Report of the Indian Hemp Drugs Commission, 1894-1895 - Volume V
Year: 1894
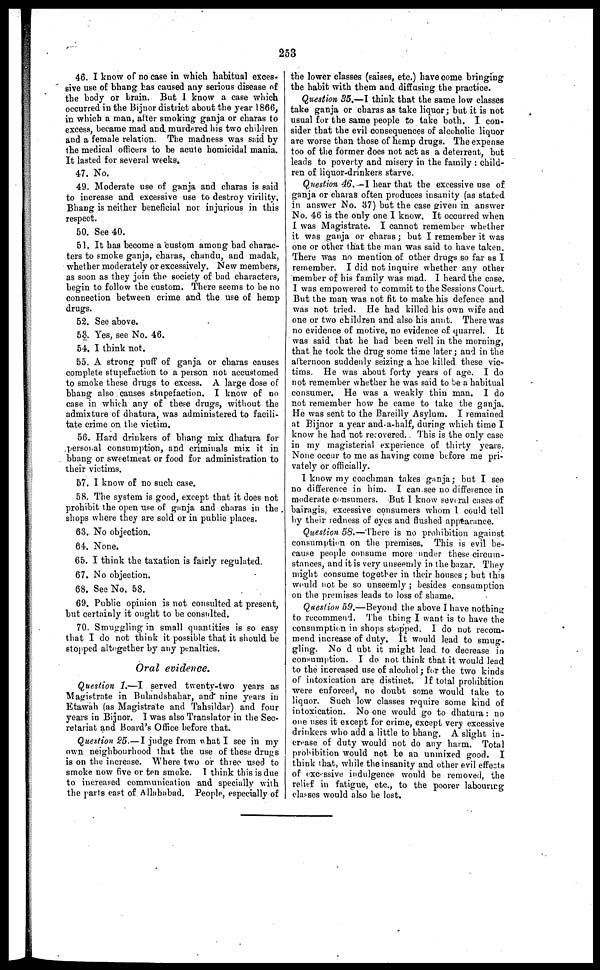
253
46. I know of no case in which habitual exces-
sive use of bhang has caused any serious disease of
the body or brain. But 1 know a case which
occurred in the Bijnor district about the year 1866,
in which a man, after smoking ganja or charas to
excess, became mad and murdered his two children
and a female relation. The madness was said by
the medical officers to be acute homicidal mania.
It lasted tor several weeks.
47. No.
49. Moderate use of ganja and charas is said
to increase and excessive use to destroy virility.
Bhang is neither beneficial nor injurious in this
respect.
50. See 40.
51. It has become a custom among bad charac-
ters to smoke ganja, charas, chandu, and madak,
whether moderately or excessively. New members,
as soon as they join the society of bad characters,
begin to follow the custom. There seems to be no
connection between crime and the use of hemp
drugs.
52. See above.
53. Yes, see No. 46.
54. 1 think not.
55. A strong puff of ganja or charas causes
complete stupefaction to a person not accustomed
to smoke these drugs to excess. A large dose of
bhang also causes stupefaction. I know of no
case in which any of these drugs, without the
admixture of dhatura, was administered to facili-
tate crime on the victim.
56. Hard drinkers of bhang mix dhatura for
personal consumption, and criminals mix it in
bhang or sweetmeat or food for administration to
their victims.
57. I know of no such case.
58. The system is good, except that it does not
prohibit the open use of ganja and charas in the
shops where they are sold or in public places.
63. No objection.
64. None.
65. I think the taxation is fairly regulated.
67. No objection.
68. See No. 58.
69. Public opinion is not consulted at present,
but certainly it ought to be consulted.
70. Smuggling in small quantities is so easy
that I do not think it possible that it should be
stopped altogether by any penalties.
Oral evidence.
Question 1.—I served twenty-two years as
Magistrate in Bulandshahar, and nine years in
Etawah (as Magistrate and Tahsildar) and four
years in Bijnor. I was also Translator in the Sec-
retariat and Hoard's Office before that.
Question 25.—I judge from what I see in my
own neighbourhood that the use of these drugs
is on the increase. Where two or three used to
smoke now five or ten smoke. I think this is due
to increased communication and specially with
the parts east of Allahabad. People, especially of
the lower classes (saises, etc.) have come bringing
the habit with them and diffasing the practice.
Question 35.—I think that the same low classes
take ganja or charas as take liquor ; but it is not
usual for the same people to take both. I con-
sider that the evil consequences of alcoholic liquor
are worse than those of hemp drugs. The expense
too of the former does not act as a deterrent, but
leads to poverty and misery in the family : child-
ren of liquor-drinkers starve.
Question 46.—I hear that the excessive use of
ganja or charas often produces insanity (as stated
in answer No. 37) but the case given in answer
No. 46 is the only one I know. It occurred when
I was Magistrate. I cannot remember whether
it was ganja or charas ; but I remember it was
one or other that the man was said to have taken.
There was no mention of other drugs so far as I
remember. I did not inquire whether any other
member of his family was mad. I heard the case.
I was empowered to commit to the Sessions Court.
But the man was not fit to make his defence and
was not tried. He had killed his own wife and
one or two children and also his aunt. There was
no evidence of motive, no evidence of quarrel. It
was said that he had been well in the morning,
that he took the drug some time later ; and in the
afternoon suddenly seizing a hoe killed these vic-
tims. He was about forty years of age. I do
not remember whether he was said to be a habitual
consumer. He was a weakly thin man. I do
not remember how he came to take the ganja.
He was sent to the Bareilly Asylum. I remained
at Bijnor a year and-a-half, during which time I
know he had not recovered. This is the only case
in my magisterial experience of thirty years.
None occur to me as having come before me pri-
vately or officially.
I know my coachman takes ganja ; hut I see
no difference in him. I can see no difference in
moderate consumers. But I know several cases of
bairagis, excessive consumers whom 1 could tell
by their redness of eyes and flushed appearance.
Question 58.—There is no prohibition against
consumption on the premises. This is evil be-
cause people consume more under these circum-
stances, and it is very unseemly in the bazar. They
might consume together in their houses ; but this
would not be so unseemly ; besides consumption
on the premises leads to loss of shame.
Question 59.—Beyond the above I have nothing
to recommend. The thing I want is to have the
consumption in shops stopped. I do not recom-
mend increase of duty. It would lead to smug-
gling. No d ubt it might lead to decrease in
consumption. I do not think that it would lead
to the increased use of alcohol ; for the two kinds
of intoxication are distinct. If total prohibition
were enforced, no doubt some would take to
liquor.
Such low classes require some kind of
intoxication. No one would go to dhatura : no
one uses it except for crime, except very excessive
drinkers who add a little to bhang. A slight in-
crease of duty would not do any harm. Total
prohibition would not be an unmixed good. I
think that, while the insanity and other evil effects
of excessive indulgence would be removed, the
relief in fatigue, etc., to the poorer labouring
classes would also be lost.